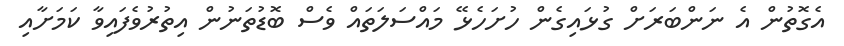
އެގޮތުން އެ ނަންބަރަށް ގުޅައިގެން ހުށަހެޅޭ މައްސަލަތައް ވެސް ބޮޑުތަނުން އިތުރުވެފައިވާ ކަމަށާއި